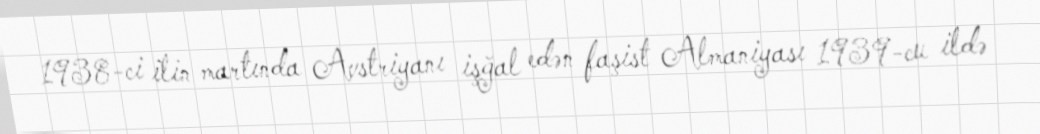
1938-ci ilin martında Avstriyanı işğal edən faşist Almaniyası 1939-cu ildə